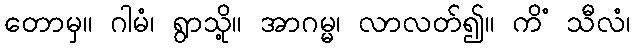
တောမှ။ ဂါမံ၊ ရွာသို့။ အာဂမ္မ၊ လာလတ်၍။ ကိံ သီလံ၊